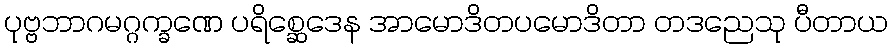
ပုဗ္ဗဘာဂမဂ္ဂက္ခဏေ ပရိစ္ဆေဒေန အာမောဒိတပမောဒိတာ တဒညေသု ပီတာယ